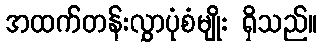
အထက်တန်းလွှာပုံစံမျိုး ရှိသည်။